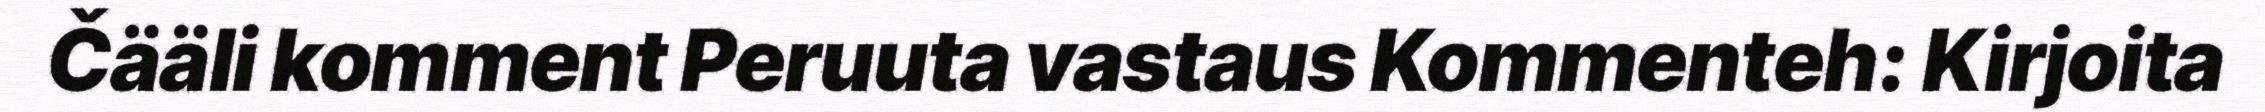
Čääli komment Peruuta vastaus Kommenteh: Kirjoita